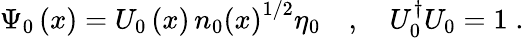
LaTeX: \Psi_{0}\left(x\right)=U_{0}\left(x\right)\, n_{0}\left(x\right)^{1/2}\eta_{0}\quad,\quad U_{0}^{\dagger}U_{0}=1\; .